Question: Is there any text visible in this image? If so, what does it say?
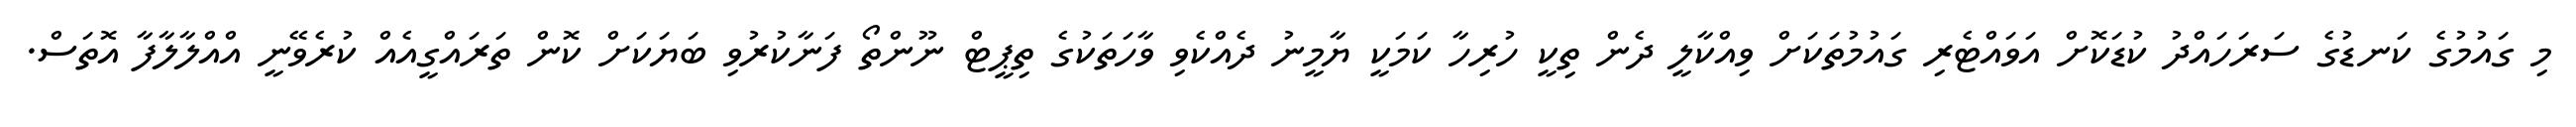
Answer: މި ގައުމުގެ ކަނޑުގެ ސަރަހައްދު ކުޑަކޮށް އަވައްޓެރި ގައުމުތަކަށް ވިއްކާލީ ދެން ތިކީ ހުރިހާ ކަމަކީ ޔާމީނު ދެއްކެވި ވާހަތަކުގެ ތިޕީޓް ނޫންތޯ ފަނާކުރުވި ބަޔަކަށް ކޮން ތަރައްގީއެއް ކުރެވޭނީ އްއްލާލާފާ އޮތަސް.